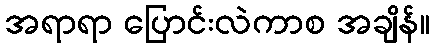
အရာရာ ပြောင်းလဲကာစ အချိန်။